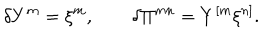
LaTeX: \delta Y ^ { m } = \xi ^ { m } , \qquad \delta \Pi ^ { m n } = Y ^ { [ m } \xi ^ { n ] } .